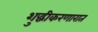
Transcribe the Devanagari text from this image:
शुद्धीकरणारात